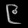
Digit: ၉